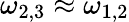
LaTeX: \omega_{2,3}\approx\omega_{1,2}